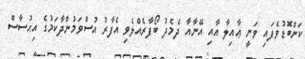
ކަންބޮޑުވެފައި ވަނީ ޢާއިލާ އާއި އޭނާއާ ދެމެދު ބޯފާރެއްލެވި އެފާރު އުސްވަމުންދާކަމުގެ އިޙުސާސް